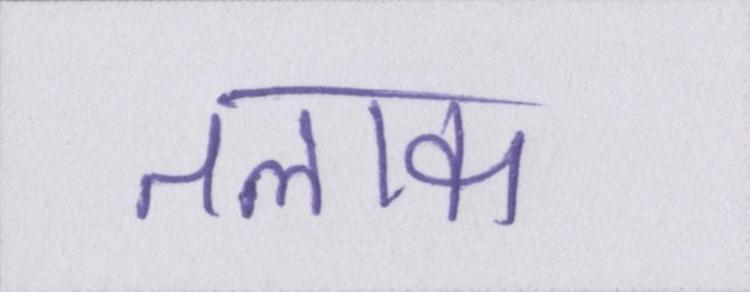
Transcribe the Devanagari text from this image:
तलाक